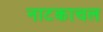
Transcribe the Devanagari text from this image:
नाटकाचल